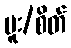
မူး/စိတ်